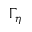
\Gamma _ { \eta }